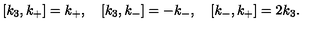
[ k _ { 3 } , k _ { + } ] = k _ { + } , \quad [ k _ { 3 } , k _ { - } ] = - k _ { - } , \quad [ k _ { - } , k _ { + } ] = 2 k _ { 3 } .